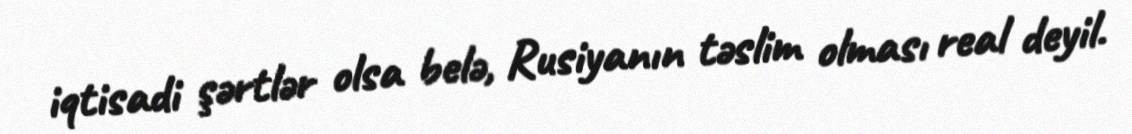
iqtisadi şərtlər olsa belə, Rusiyanın təslim olması real deyil.